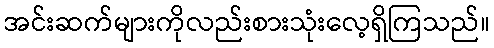
အင်းဆက်များကိုလည်းစားသုံးလေ့ရှိကြသည်။